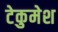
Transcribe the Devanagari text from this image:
टेकुमेश